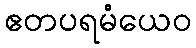
ဧတပရမံယေဝ